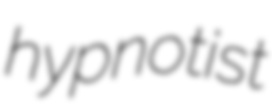
hypnotist